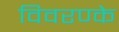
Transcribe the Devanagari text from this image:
विवरण्के